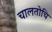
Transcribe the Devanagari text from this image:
चालतोचि